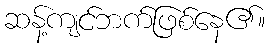
ဆန့်ကျင်ဘက်ဖြစ်နေ၏။